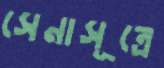
সেনাসূত্রে